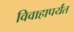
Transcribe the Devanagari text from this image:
विवाहापर्यंत